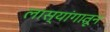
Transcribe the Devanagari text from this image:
लास्यांगातून